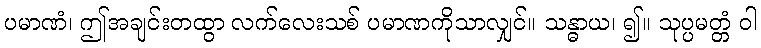
ပမာဏံ၊ ဤအချင်းတထွာ လက်လေးသစ် ပမာဏကိုသာလျှင်။ သန္ဓာယ၊ ၍။ သုပ္ပမတ္တံ ဝါ